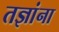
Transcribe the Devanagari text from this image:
तज्ञांना